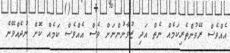
އެއްވެސް ރޭވުންތެރިކަމެއް ނެތް އަދި ޒުވާނުންނަށް ވެސް އެއްވެސް ކަމެއް ކޮށް ނުދެއްވޭނެ